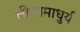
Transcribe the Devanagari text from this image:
लीलामाधुर्य